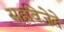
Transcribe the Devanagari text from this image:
सहविजेते